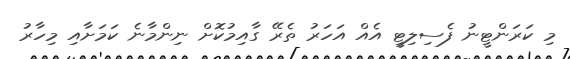
މި ކަރަންޓީނު ފެސިލިޓީ އެއް އަހަރު ތެރޭ ގާއިމުކޮށް ނިންމާނެ ކަމަށާއި މިހާރު